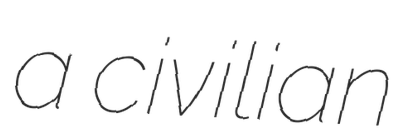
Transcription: a civilian